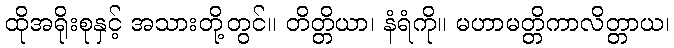
ထိုအရိုးစုနှင့် အသားတို့တွင်။ တိတ္တိယာ၊ နံရံကို။ မဟာမတ္တိကာလိတ္တာယ၊